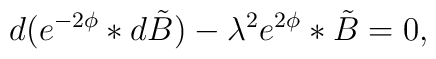
d(e^{-2\phi} *d\tilde{B}) - {\lambda}^{2} e^{2\phi} *\tilde{B} = 0,